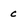
Character: c